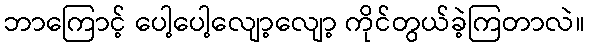
ဘာကြောင့် ပေါ့ပေါ့လျော့လျော့ ကိုင်တွယ်ခဲ့ကြတာလဲ။